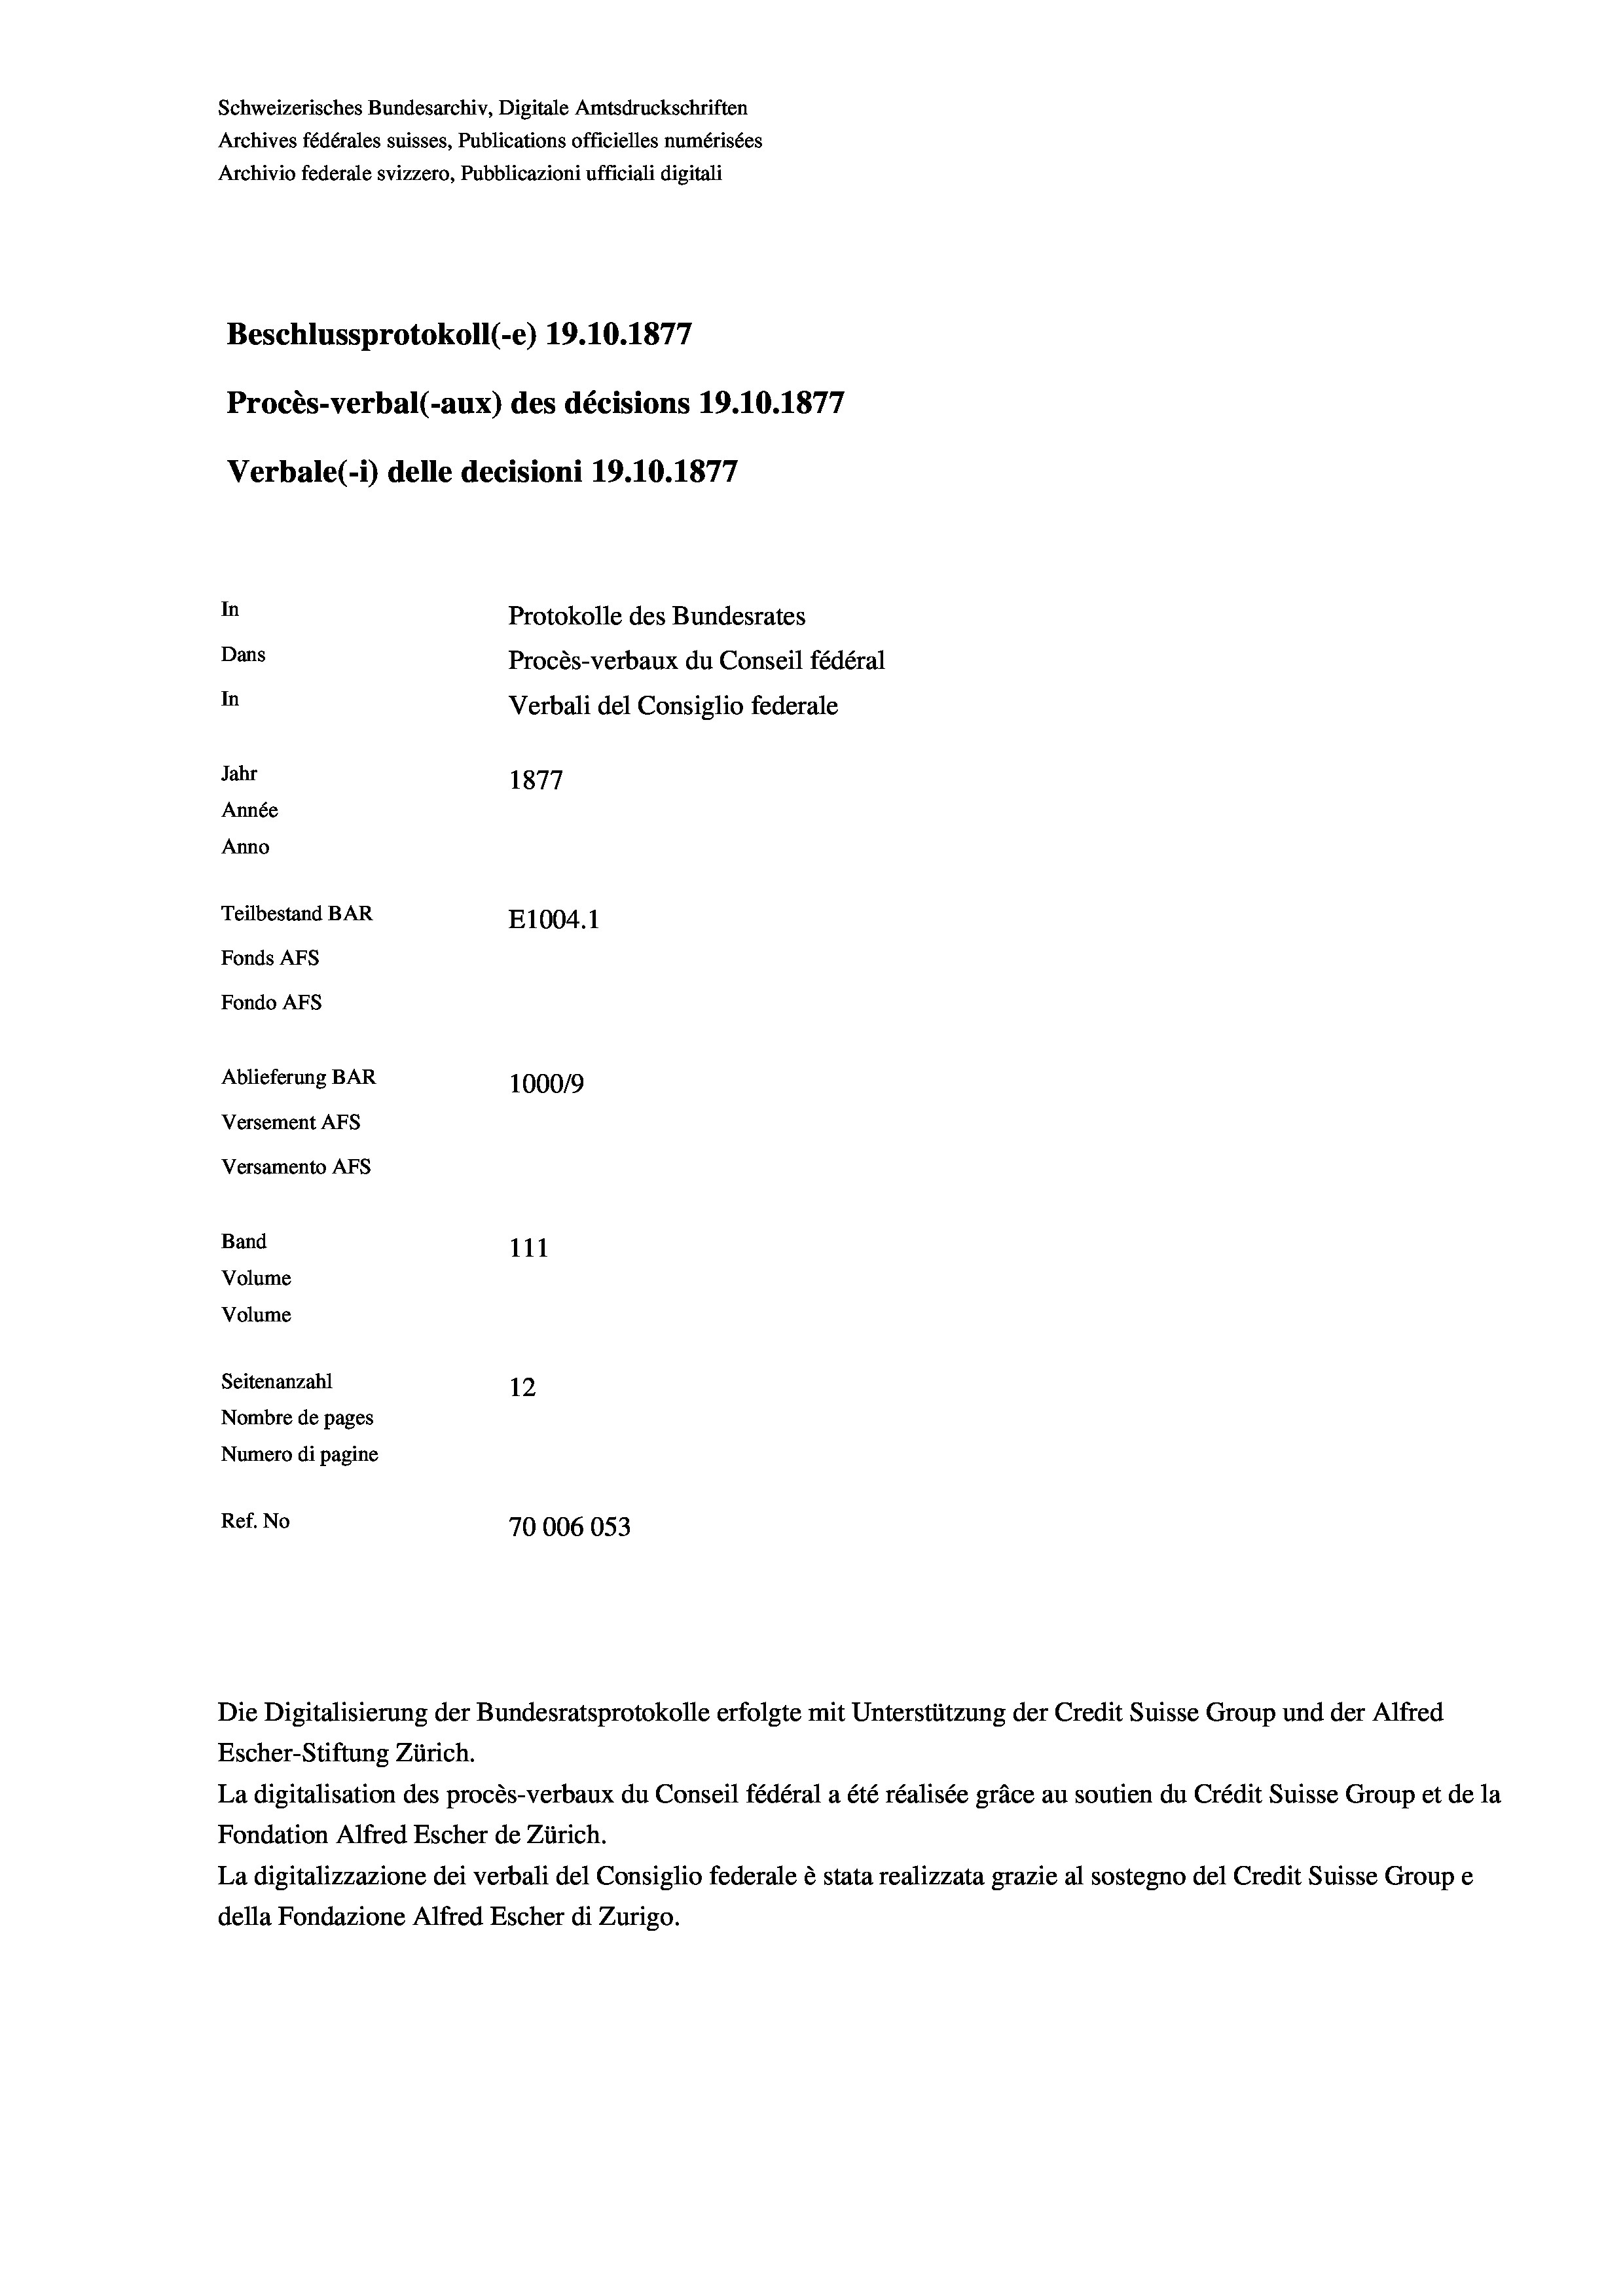
Schweizerisches Bundesarchiv, Digitale Amtsdruckschriften
Archives fédérales suisses, Publications officielles numérisées
Archivio federale svizzero, Pubblicazioni ufficiali digitali
77
Beschlussprotokoll (e) 19.10.187)
Procès-verbal (-aux) des décisions 19.10.1877
Verbale (1) delle decisioni 19.10.1877
In
Protokolle des Bundesrates
Dans
Procès-verbaux du Conseil fédéral
In
Verbali del Consiglio federale
Jahr
1877
Année
Anno
Teilbestand BAR
E1004.1
Fonds Afs
Fondo AFs
Ablieferung BAR
100019
Versement AFS
Versamento Afs

111
Volume
Volume
Seitenanzahl
12
Nombre de pages
Numero di pagine
Ref. No
70006053

Band

Escher-Stiftung Zürich.
La digitalisation des procès-verbaux du Conseil fédéral a été réalisée gräce au soutien du Crédit Suisse Group et de la
Fondation Alfred Escher de Zürich.
La digitalizzazione dei verbali del Consiglio federale è stata realizzata grazie al sostegno del Credit Suisse Groupe
della Fondazione Alfred Escher di Zurigo.

Die Digitalisierung der Bundesratsprotokolle erfolgte mit Unterstützung der Credit Suisse Group und der Alfred